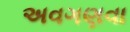
અવગણવા